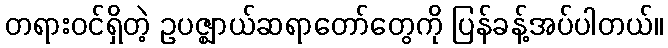
တရားဝင်ရှိတဲ့ ဥပဇ္ဈာယ်ဆရာတော်တွေကို ပြန်ခန့်အပ်ပါတယ်။